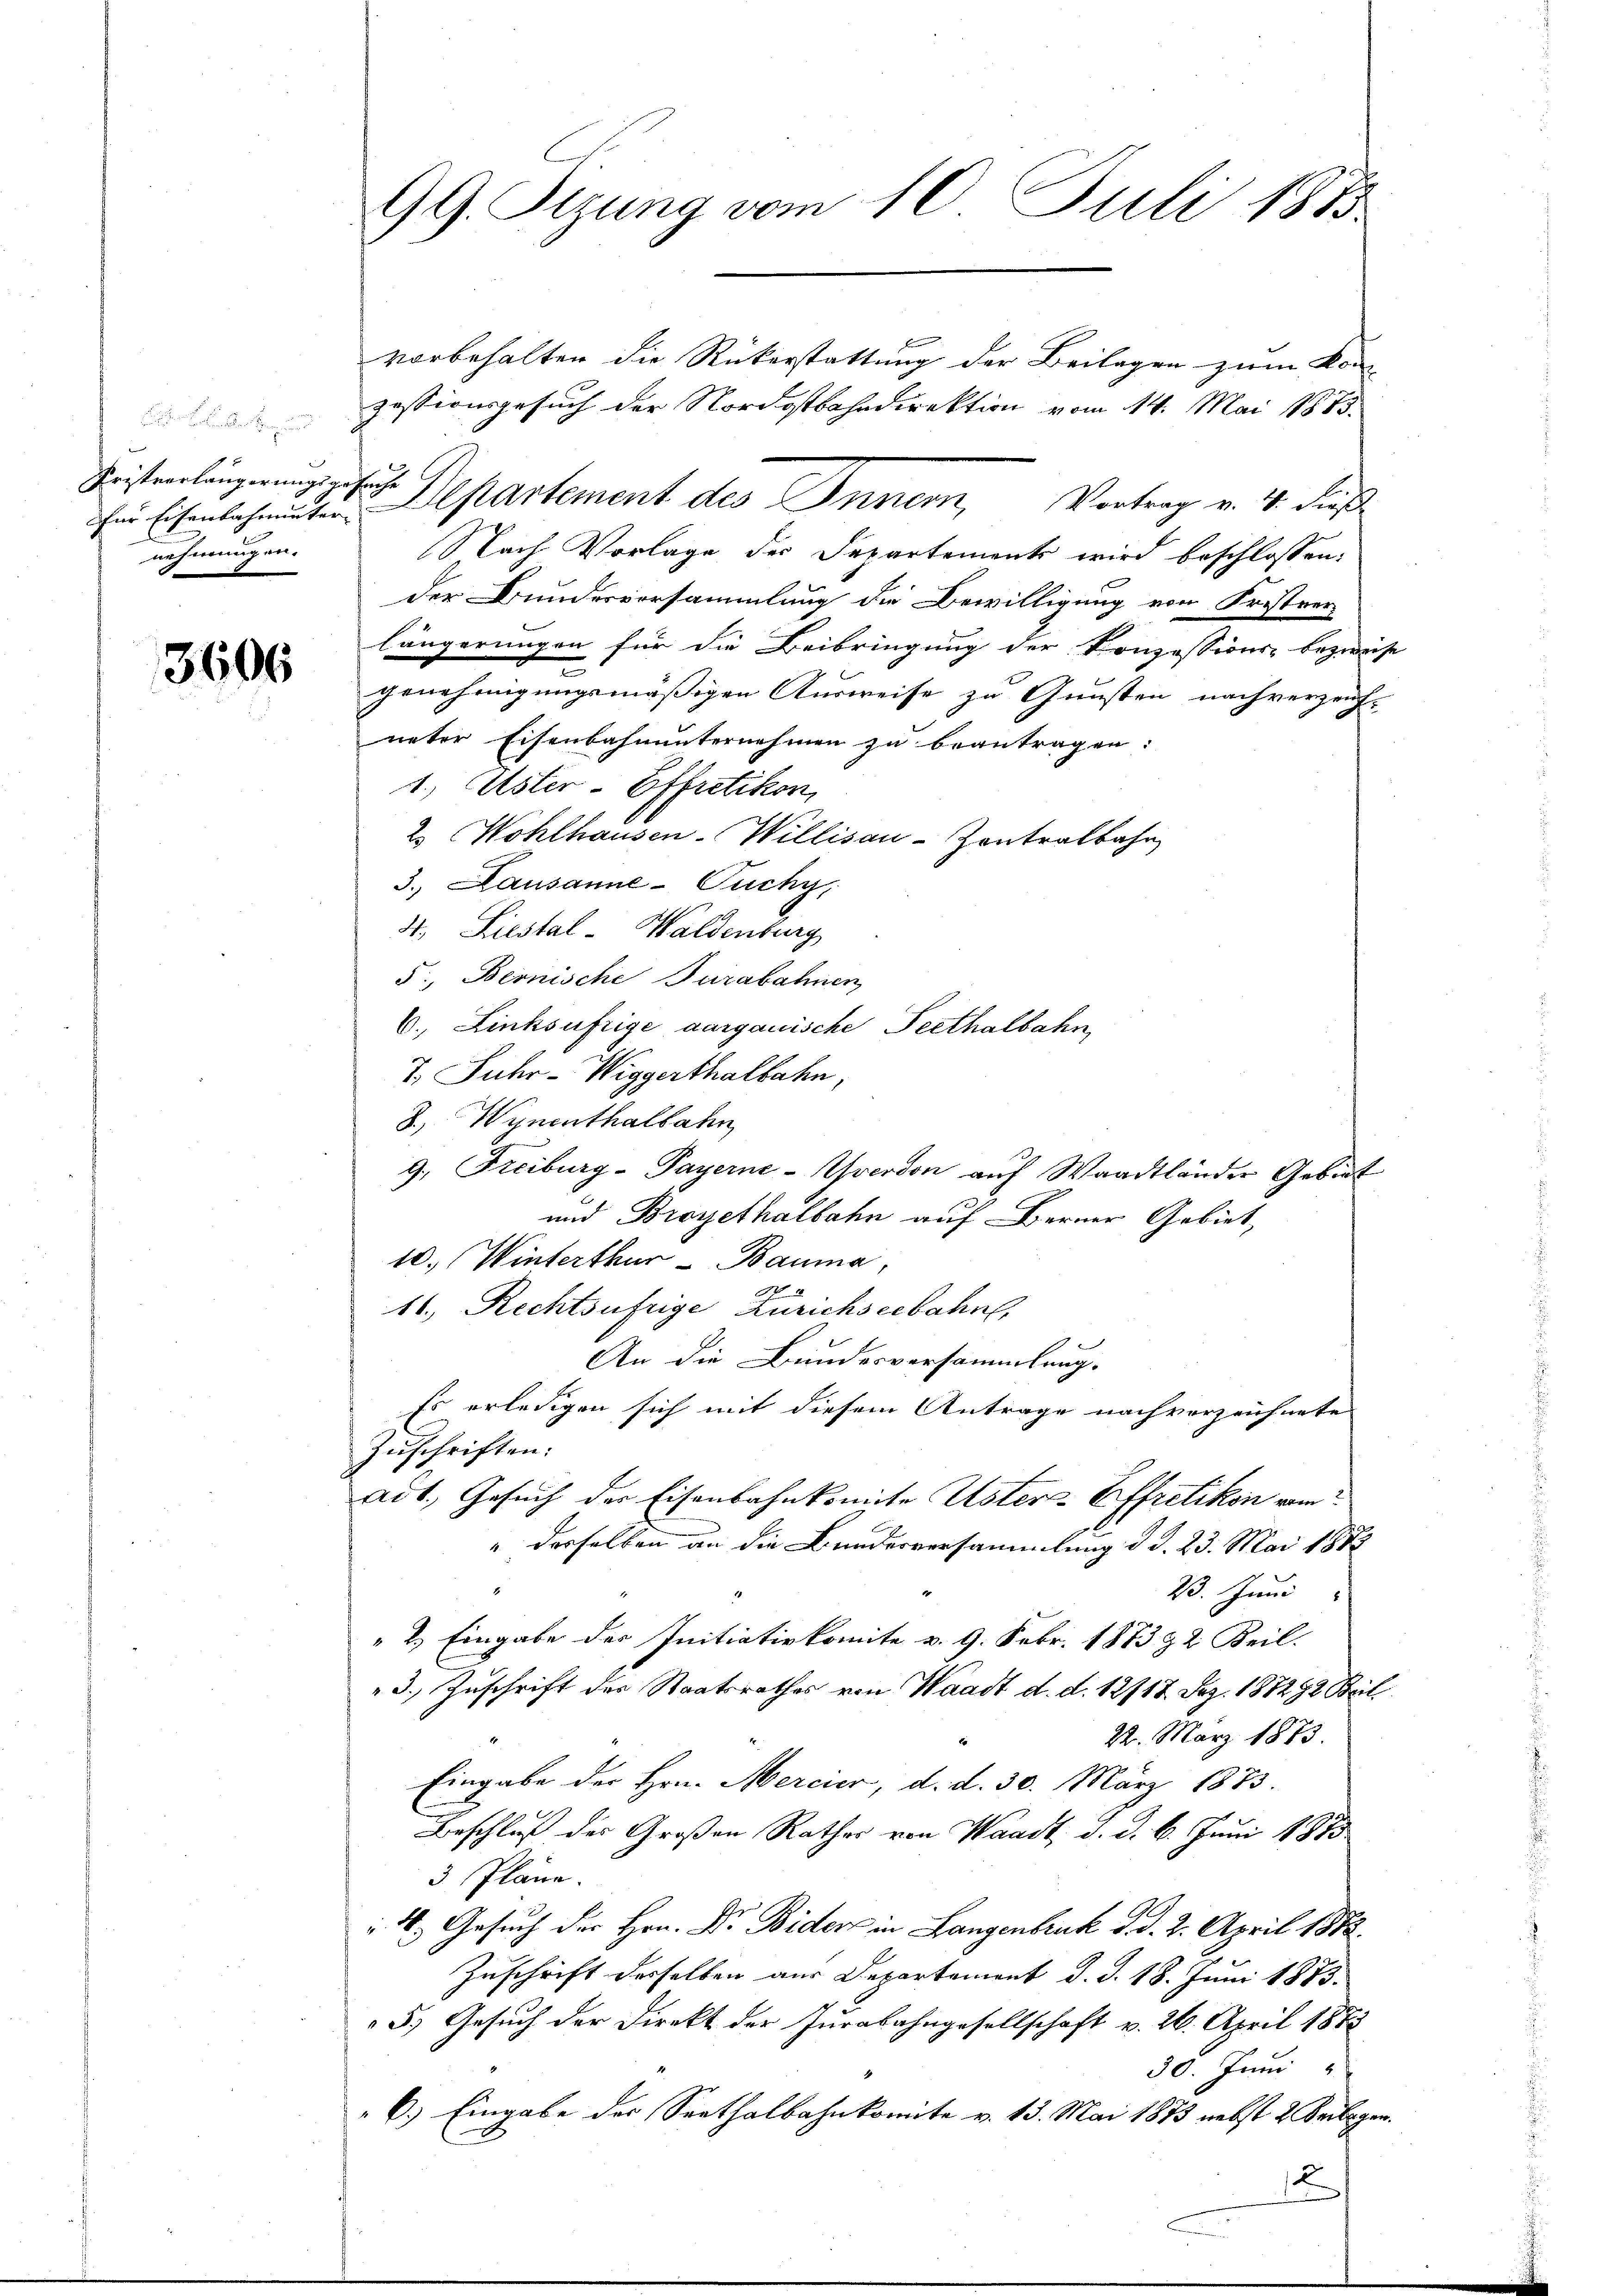
Kristverlängerungsgesuche
nehmungen.

3606

vorbehalten die Rükerstattung der Beilagen zum Kon-
zessionsgesuch der Nordostbahndirektion vom 14. Mai 1883.
fer Eisenbahnungen Departement des Inner, Vortrag v. 4. Jus
Nach Vorlage der Departements wird beschlossen:
der Bundesvorsammlung die Bewilligung von Fristver
längerungen für die Beibringung der Konzessions- bezweife
genehmigungsmäßigen Ausweise zu Gunsten nachverzeich-
ueter Eisenbahnunternehmen zu beantragen:
1., Uster- Effretikon,
2. Wohlhausen-Willisau-Zontralbahr
3. Lausanne-Fuchy,
4t. Liestal-Waldenburg
5., Bernische Turabahnen
6. Linksufrige aargauische Perthalbahn
7 Suhr- Wiggerthalbahn,
3.Wynenthalbahn
g. Freiburg-Payerne-verdon auf Waadtländer Gebiet
und Broyethalbahn auf Berner Gebiet,
10. Winterthur–Bauma,
A 2
11, Rechtsufrige Zürichseebahn
An die Bundesversammlung.
Es erledigen sich mit diesem Antrage nachverzeichnete
Zuschriften:
adt, Gesuch der Eisenbahnkomite Uster-Effretikon vom
" derselben an die Bundesversammlung d. d. 23. Mai 1882
23. Juni
" 2.) Eingabe des Initiativkomite v. 9. Febr. 1883 & 2. Beil.
3. Zuschrift der Staatsrathes von Waadt d. d. 12717. Dez. 187292 Beil¬
22. März 1873.
Eingabe der Hrn. Mercier, d. d. 30. März 1873.
Beschluß des Großen Rathes von Waadt, d. d. 6. Juni 1873
3 Pläne.
 4. Gesuch der Hrn. Dr. Bider in Langenbruck d. d. 2. April 1872.
Zuschrift desselben aus Departement d. J. 18. Juni 1883.
5.) Gesuch der Direkt der Jurabahngesellschaft v. 26. April 1872
30. Juni
6.) Eingabe der Seethalbahnkomite v. 13. Mai 1873 nebst 2 Keilagen.
1

99. Tizung vom 10. Juli 1883